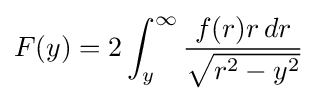
F(y)=2\int _{y}^{\infty }{\frac {f(r)r\,dr}{\sqrt {r^{2}-y^{2}}}}